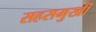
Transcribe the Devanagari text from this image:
सहसमुखी